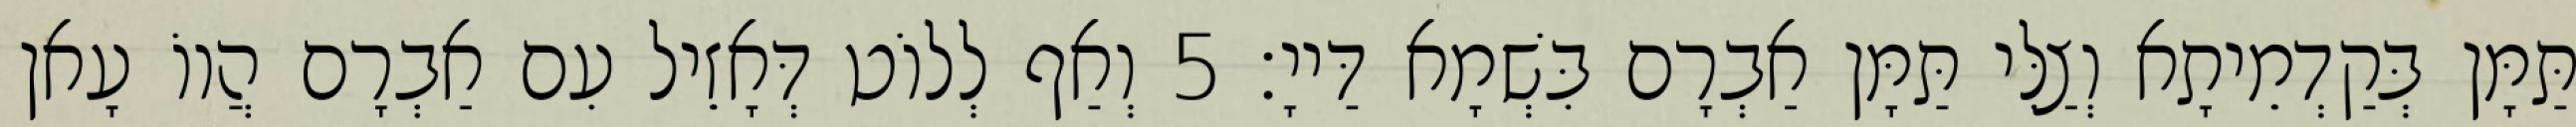
תַּמָּן בְּקַדְמֵיתָא וְצַלִּי תַּמָּן אַבְרָם בִּשְׁמָא דַּייָ׃ 5 וְאַף לְלוֹט דְּאָזֵיל עִם אַבְרָם הֲווֹ עָאן